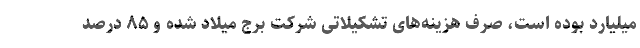
میلیارد بوده است، صرف هزینه‌های تشکیلاتی شرکت برج میلاد شده و ۸۵ درصد